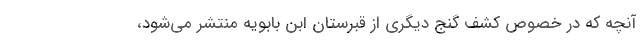
آنچه که در خصوص کشف گنج دیگری از قبرستان ابن بابویه منتشر می‌شود،